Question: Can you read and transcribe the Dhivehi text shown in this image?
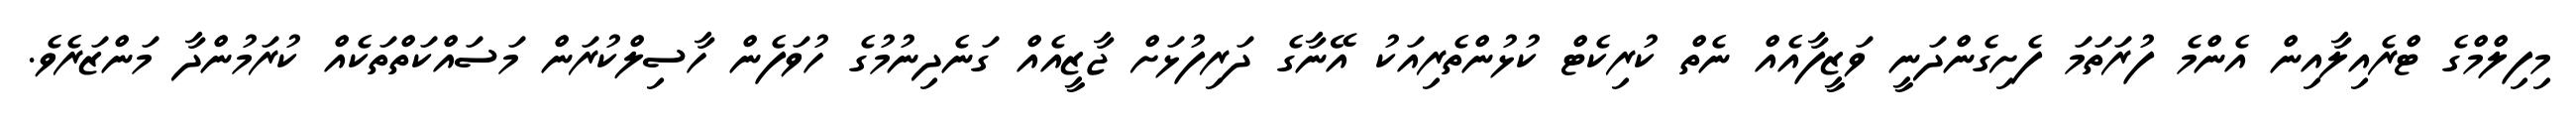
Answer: މިފިލްމްގެ ޓްރެއިލާއިން އެންމެ ފުރަތަމަ ފެށިގެންދަނީ ވަޒީފާއެއް ނެތް ކުރިކެޓް ކުޅުންތެރިއަކު އޭނާގެ ދަރިފުޅަށް ޖާޒީއެއް ގަނެދިނުމުގެ ހުވަފެން ހާސިލްކުރަން މަސައްކަތްތަކެއް ކުރަމުންދާ މަންޒަރެވެ.